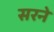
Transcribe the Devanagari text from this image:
सरने